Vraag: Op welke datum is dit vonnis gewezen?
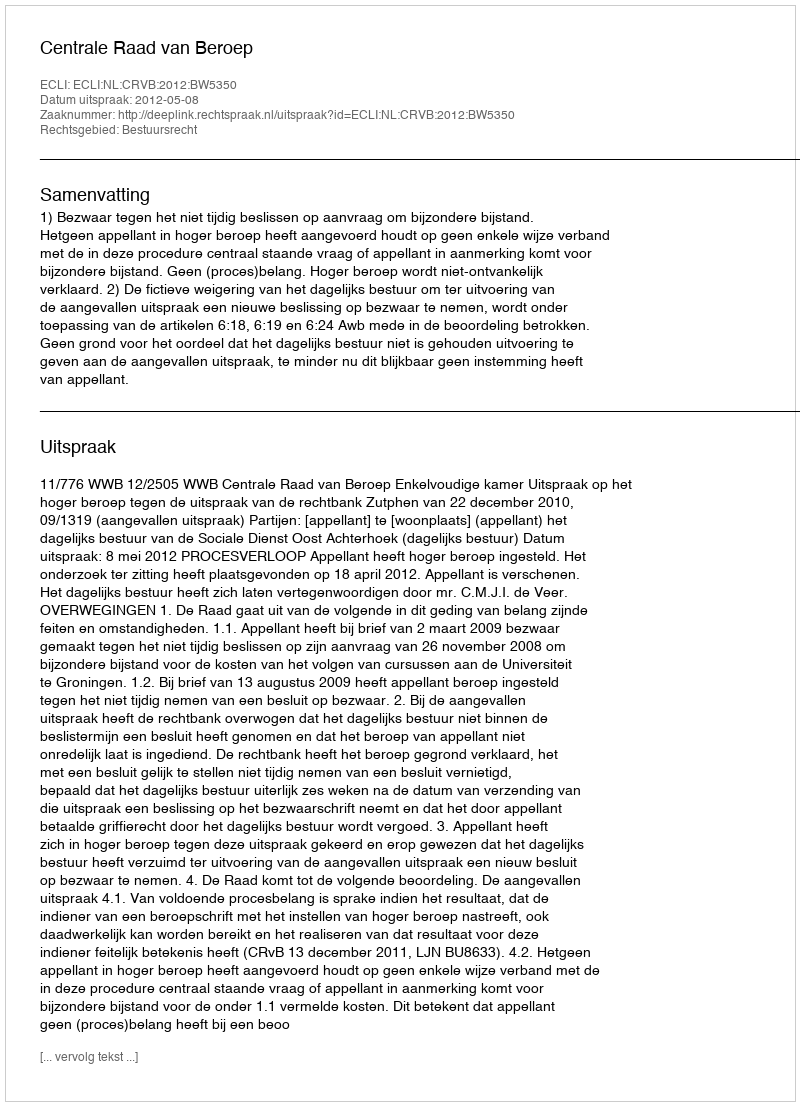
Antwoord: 2012-05-08